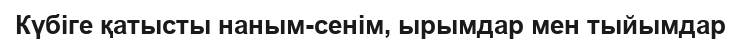
Күбіге қатысты наным-сенім, ырымдар мен тыйымдар